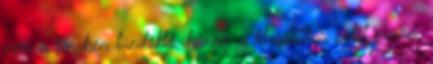
nem a fényben tündöklő, hanem a klasszikus sötét szemű,